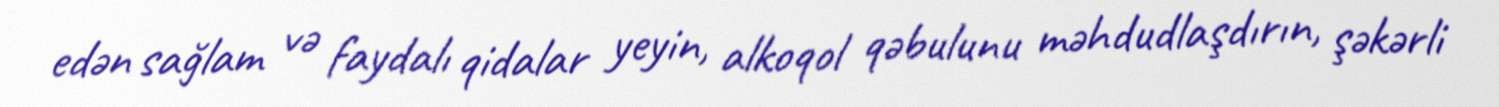
edən sağlam və faydalı qidalar yeyin, alkoqol qəbulunu məhdudlaşdırın, şəkərli